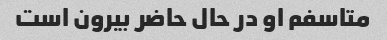
متاسفم او در حال حاضر بیرون است